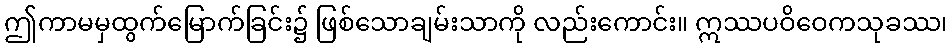
ဤကာမမှထွက်မြောက်ခြင်း၌ ဖြစ်သောချမ်းသာကို လည်းကောင်း။ ဣဿပဝိဝေကသုခဿ၊